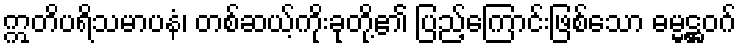
ဣတိပရိသမာပနံ၊ တစ်ဆယ့်ကိုးခုတို့၏ ပြည့်ကြောင်းဖြစ်သော ဓမ္မဋ္ဌဝဂ်